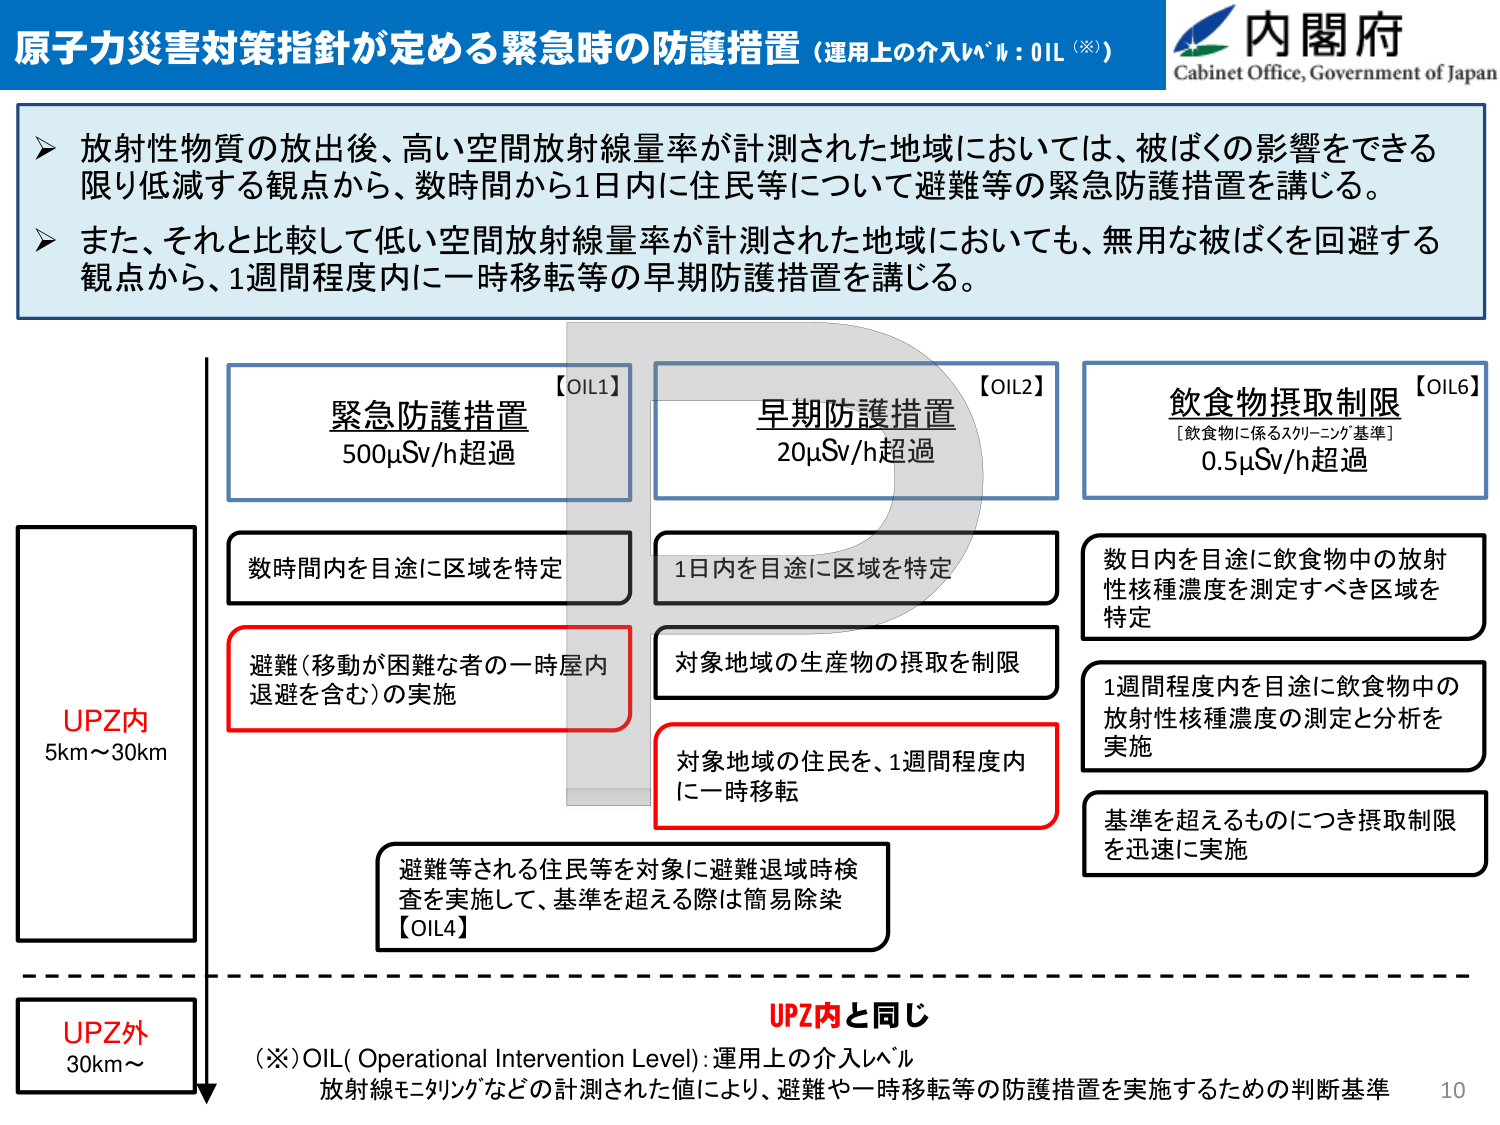
原子力災害対策指針が定める緊急時の防護措置（運用上の介入レベル：OIL（※））

内閣府
Cabinet Office, Government of Japan

▶ 放射性物質の放出後、高い空間放射線量率が計測された地域においては、被ばくの影響をできる限り低減する観点から、数時間から1日内に住民等について避難等の緊急防護措置を講じる。
▶ また、それと比較して低い空間放射線量率が計測された地域においても、無用な被ばくを回避する観点から、1週間程度内に一時移転等の早期防護措置を講じる。

【OIL1】
緊急防護措置
500μSv/h超過

【OIL2】
早期防護措置
20μSv/h超過

【OIL6】
飲食物摂取制限
［飲食物に係るスクリーニング基準］
0.5μSv/h超過

UPZ内
5km～30km

数時間内を目途に区域を特定

避難（移動が困難な者の一時屋内退避を含む）の実施

1日内を目途に区域を特定

対象地域の生産物の摂取を制限

対象地域の住民を、1週間程度内に一時移転

数日内を目途に飲食物中の放射性核種濃度を測定すべき区域を特定

1週間程度内を目途に飲食物中の放射性核種濃度の測定と分析を実施

基準を超えるものにつき摂取制限を迅速に実施

避難等される住民等を対象に避難退域時検査を実施して、基準を超える際は簡易除染
【OIL4】

UPZ外
30km～

UPZ内と同じ

（※）OIL（Operational Intervention Level）：運用上の介入レベル
放射線モニタリングなどの計測された値により、避難や一時移転等の防護措置を実施するための判断基準

10